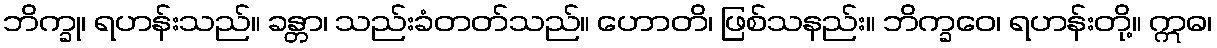
ဘိက္ခု၊ ရဟန်းသည်။ ခန္တာ၊ သည်းခံတတ်သည်။ ဟောတိ၊ ဖြစ်သနည်း။ ဘိက္ခဝေ၊ ရဟန်းတို့။ ဣဓ၊